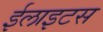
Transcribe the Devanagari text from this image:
ईलाइटस